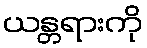
ယန္တရားကို